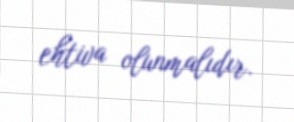
ehtiva olunmalıdır.